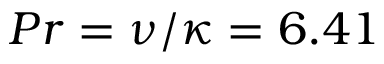
P r = \nu / \kappa = 6 . 4 1